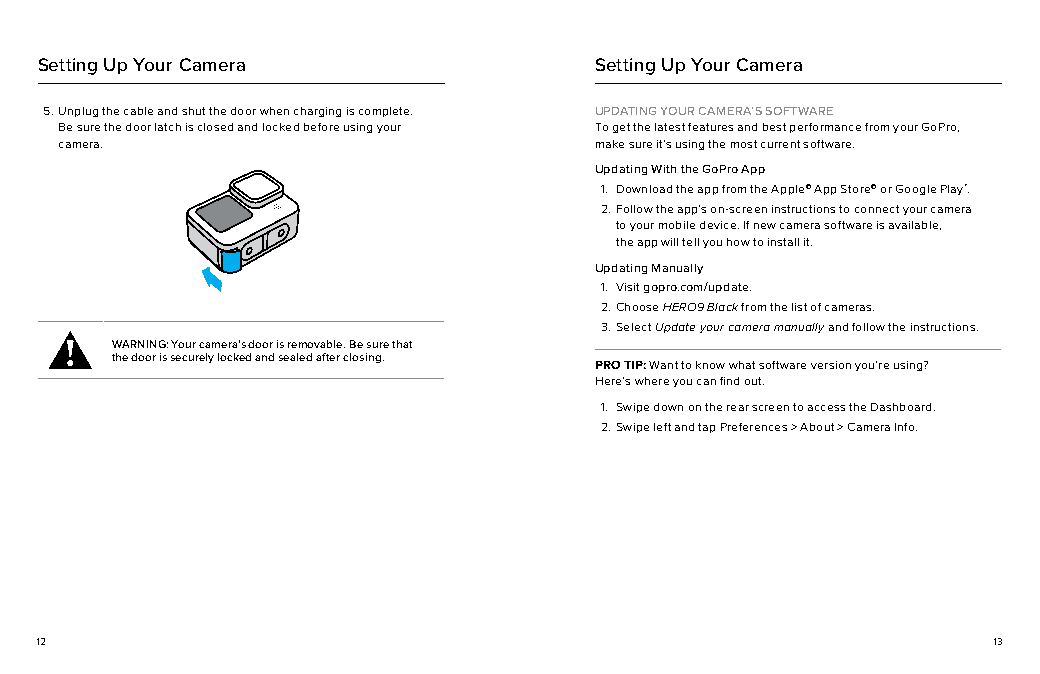
Setting Up Your Camera               Setting Up Your Camera
 5. Unplug the cable and shut the door when charging is complete. UPDATING YOUR CAMERA’S SOFTWARE
 Be sure the door latch is closed and locked before using your To get the latest features and best performance from your GoPro,
 camera.                            make sure it’s using the most current software.
 Updating With the GoPro App
 1. Download the app from the Apple© App Store© or Google Play™.
 2. Follow the app’s on-screen instructions to connect your camera
 to your mobile device. If new camera software is available,
 the app will tell you how to install it.
 Updating Manually
 1. Visit gopro.com/update.
 2. Choose HERO9 Black from the list of cameras.
 3. Select Update your camera manually and follow the instructions.
 WARNING: Your camera’s door is removable. Be sure that
 the door is securely locked and sealed after closing.
 PRO TIP: Want to know what software version you’re using?
 Here’s where you can find out.
 1. Swipe down on the rear screen to access the Dashboard.
 2. Swipe left and tap Preferences > About > Camera Info.
 12                                                              13